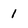
Character: 1